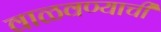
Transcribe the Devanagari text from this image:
वाळवण्याची